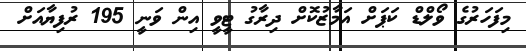
މިފަހަރުގެ ވޯލްޑް ކަޕަށް އަމާޒުކޮށް ދިރާގު ޓީވީ އިން ވަނީ 195 ރުފިޔާއަށް